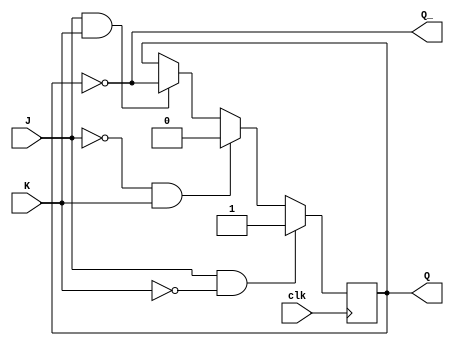
module neg_edge_jk_ff (
    input J, // J input
    input K, // K input
    input clk, // clock input
    output reg Q, // Q output
    output reg Q_ // Q' output
);

    always @(negedge clk) begin
        if (J & ~K)
            Q <= 1;
        else if (~J & K)
            Q <= 0;
        else if (J & K)
            Q <= ~Q;
    end
    
    assign Q_ = ~Q;

endmodule